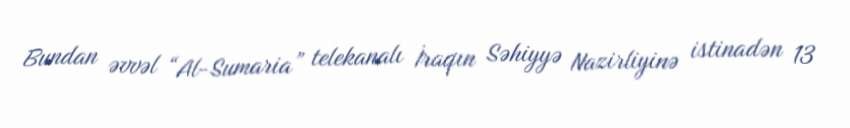
Bundan əvvəl “Al-Sumaria” telekanalı İraqın Səhiyyə Nazirliyinə istinadən 13